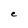
Character: e